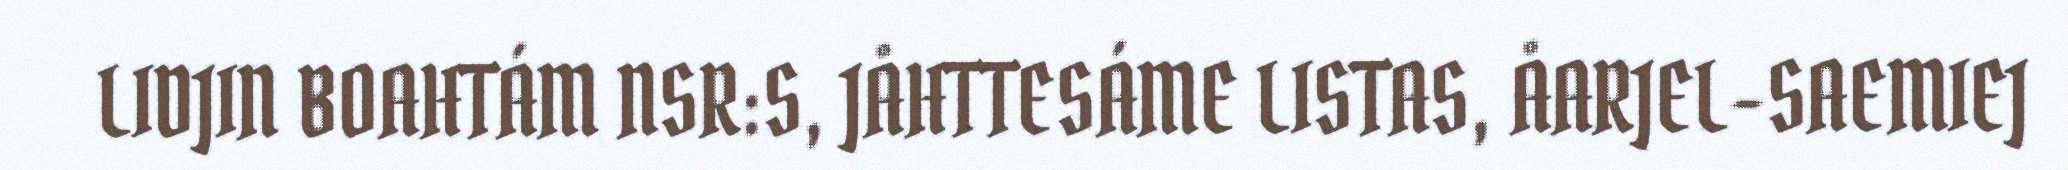
LIDJIN BOAHTÁM NSR:S, JÅHTTESÁME LISTAS, ÅARJEL-SAEMIEJ